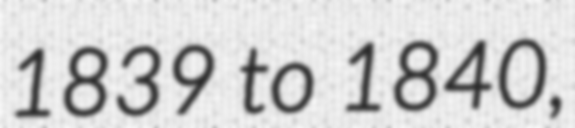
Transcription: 1839 to 1840,